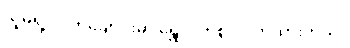
သူမရဲ့ လက်ချောင်းမှာ ရွှေလက်စွပ် ဝတ်ထားတယ်။